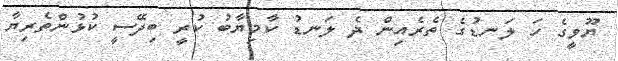
ޔޫވީގެ ހަ ލަނޑުގެ ތެރެއިން ދެ ލަނޑު ކާމިޔާބު ކުރީ ބިދޭސީ ކުޅުންތެރިޔާ